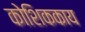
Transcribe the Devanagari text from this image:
कोशिककाय